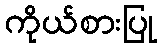
ကိုယ်စားပြု